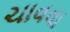
ચાવવા